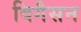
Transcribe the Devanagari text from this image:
विगैसन